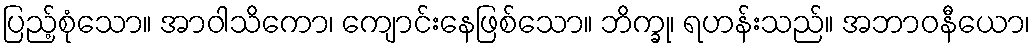
ပြည့်စုံသော။ အာဝါသိကော၊ ကျောင်းနေဖြစ်သော။ ဘိက္ခု၊ ရဟန်းသည်။ အဘာဝနီယော၊